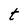
Character: t